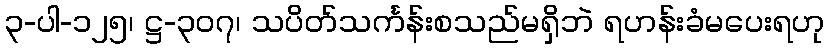
၃-ပါ-၁၂၅၊ ဋ္ဌ-၃၀၇၊ သပိတ်သင်္ကန်းစသည်မရှိဘဲ ရဟန်းခံမပေးရဟု